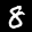
Label: 8